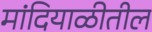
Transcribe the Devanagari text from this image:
मांदियाळीतील